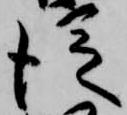
従